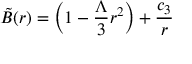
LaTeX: \tilde { B } ( r ) = \left( 1 - \frac { \Lambda } { 3 } r ^ { 2 } \right) + \frac { c _ { 3 } } { r }